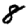
Digit: 8